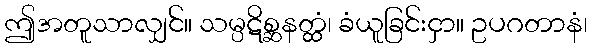
ဤအတူသာလျှင်။ သမ္ပဋိစ္ဆနတ္ထံ၊ ခံယူခြင်းငှာ။ ဥပဂတာနံ၊